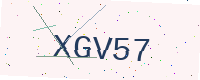
Text: XGV57